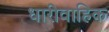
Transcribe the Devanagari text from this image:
धारीवाहिक